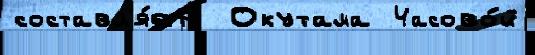
составл'я́ет  Окутама Часово́й